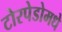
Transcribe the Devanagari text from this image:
टोरपेडोमधे